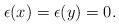
LaTeX: \begin{align*}\epsilon(x) = \epsilon(y) = 0.\end{align*}